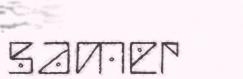
samer